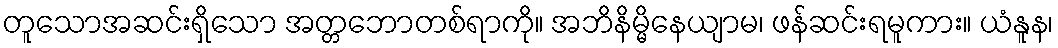
တူသောအဆင်းရှိသော အတ္တဘောတစ်ရာကို။ အဘိနိမ္မိနေယျာမ၊ ဖန်ဆင်းရမူကား။ ယံနူန၊